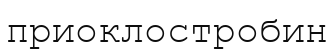
приоклостробин